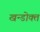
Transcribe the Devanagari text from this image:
खन्डोक्त